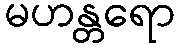
မဟန္တရော